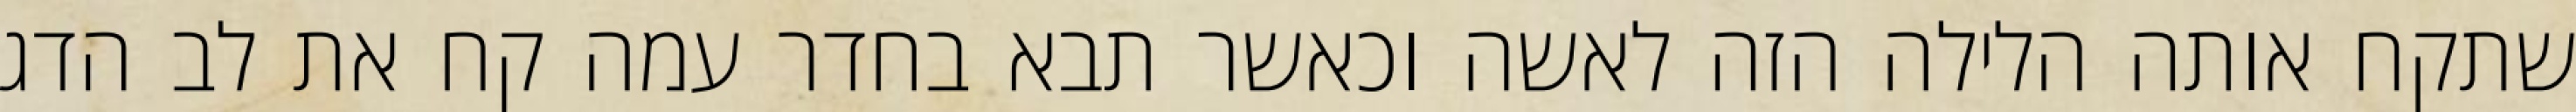
שתקח אותה הלילה הזה לאשה וכאשר תבא בחדר עמה קח את לב הדג